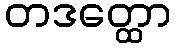
တဒတ္ထော